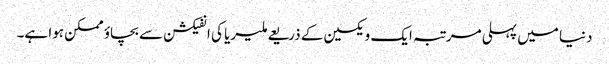
دنیا میں پہلی مرتبہ ایک ویکسین کے ذریعے ملیریا کی انفیکشن سے بچاؤ ممکن ہوا ہے۔